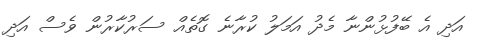
އަދި އެ ބޭފުޅުންނާ މެދު އަމަލު ކުރާނެ ގޮތެއް ސަރުކާރުން ވެސް އަދި